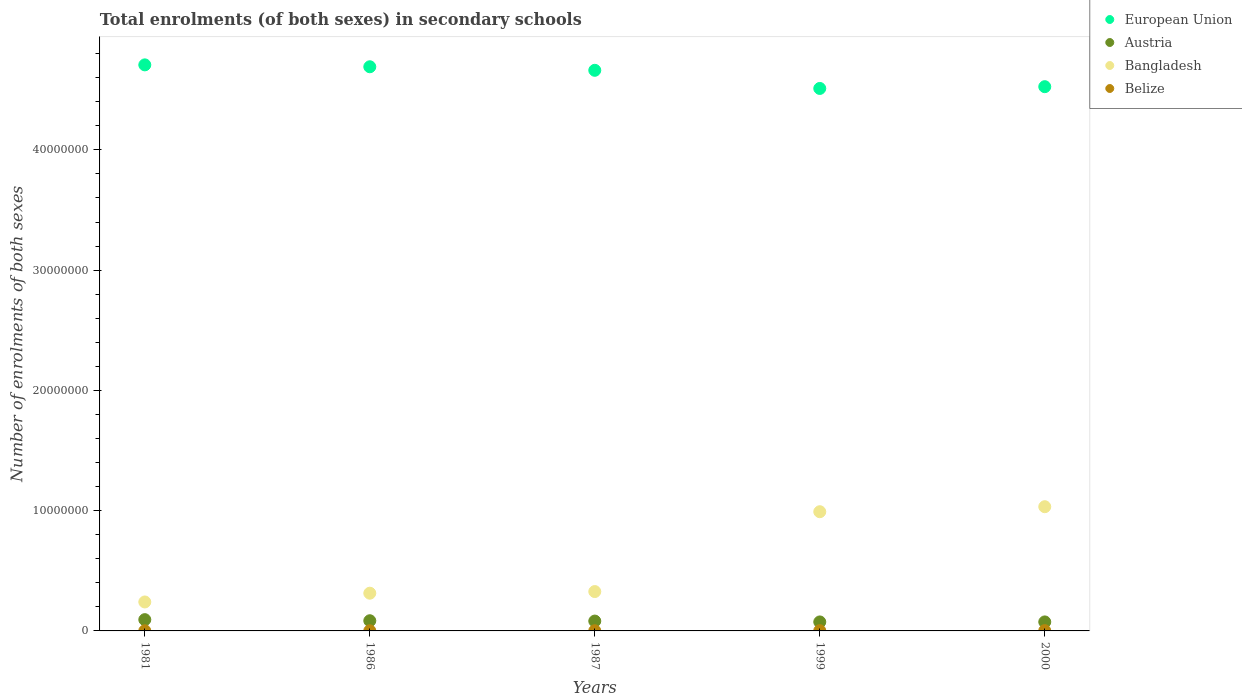
| Years | European Union | Austria | Bangladesh | Belize |
 | --- | --- | --- | --- | --- |
 | 1981 | 4.71e+07 | 9.37e+05 | 2.41e+06 | 1.22e+04 |
 | 1986 | 4.69e+07 | 8.47e+05 | 3.14e+06 | 1.46e+04 |
 | 1987 | 4.66e+07 | 8.19e+05 | 3.27e+06 | 1.55e+04 |
 | 1999 | 4.51e+07 | 7.48e+05 | 9.91e+06 | 2.17e+04 |
 | 2000 | 4.53e+07 | 7.49e+05 | 1.03e+07 | 2.32e+04 |